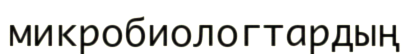
микробиологтардың